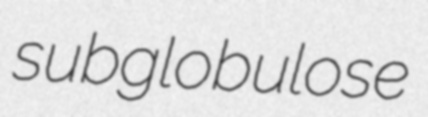
subglobulose